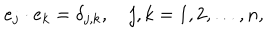
LaTeX: e _ { j } \cdot e _ { k } = \delta _ { j , k } , \quad j , k = 1 , 2 , \ldots , n ,